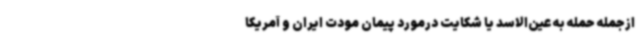
ازجمله حمله به عین‌الاسد یا شکایت درمورد پیمان مودت ایران و آمریکا